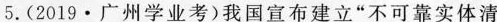
5.(2019·广州学业考)我国宣布建立”不可靠实体清